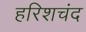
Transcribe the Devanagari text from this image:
हरिशचंद